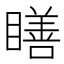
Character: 𥊳